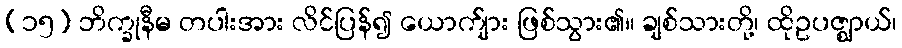
(၁၅) ဘိက္ခုနီမ တပါးအား လိင်ပြန်၍ ယောက်ျား ဖြစ်သွား၏။ ချစ်သားတို့၊ ထိုဥပဇ္ဈာယ်၊